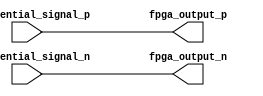
module differential_buffer (
    input wire differential_signal_p,
    input wire differential_signal_n,
    output wire fpga_output_p,
    output wire fpga_output_n
);

assign fpga_output_p = differential_signal_p;
assign fpga_output_n = differential_signal_n;

endmodule